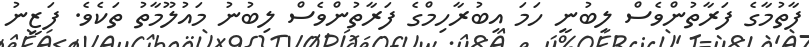
ފާތުމާގެ ފަރާތުންވެސް ލިބުނީ ހަމަ އިބުރާހިމްގެ ފަރާތުންވެސް ލިބުނު މައުލޫމާތު ތަކެވެ. ފަޒީނު